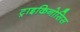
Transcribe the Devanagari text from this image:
ट्राइकिनोसिस